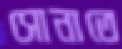
সোনাতে